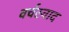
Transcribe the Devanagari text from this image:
वर्चस्वाद